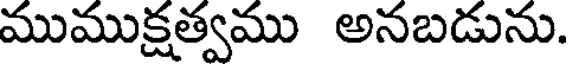
ముముక్షత్వము అనబడును.